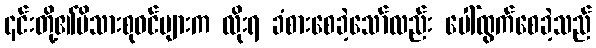
၎င်းတို့၏မိသားစုဝင်များက လိုးရ ခံစားစေခဲ့သော်လည်း ပေါ်ထွက်စေခဲ့သည်